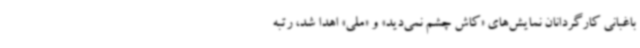
باغبانی کارگردانان نمایش‌های «کاش چشم نمی‌دید» و «ملی» اهدا شد، رتبه